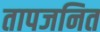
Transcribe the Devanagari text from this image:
तापजनित